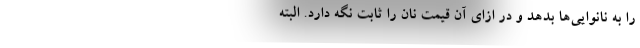
را به نانوایی‌ها بدهد و در ازای آن قیمت نان را ثابت نگه دارد. البته